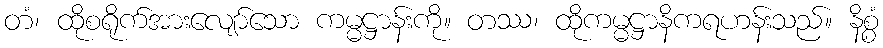
တံ၊ ထိုစရိုက်အားလျော်သော ကမ္မဋ္ဌာန်းကို။ တဿ၊ ထိုကမ္မဋ္ဌာနိကရဟန်းသည်။ နိစ္စံ